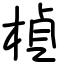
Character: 楨